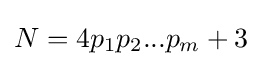
N=4p_{1}p_{2}...p_{m}+3